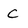
Character: C